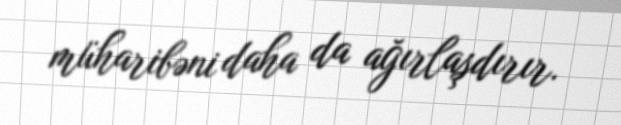
müharibəni daha da ağırlaşdırır.